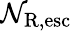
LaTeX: \mathcal{N}_{\mathrm{{R,esc}}}